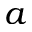
\displaystyle a